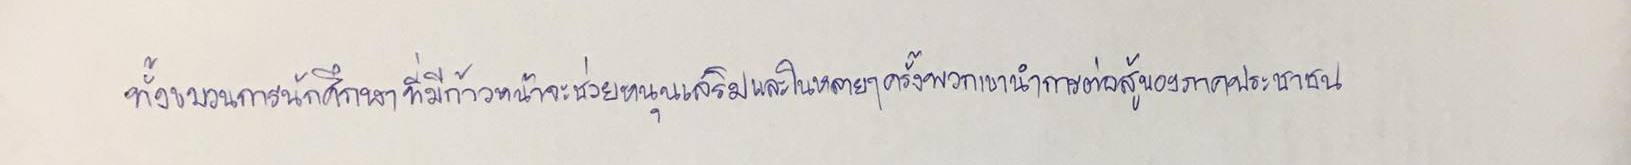
ทั้งขบวนการนักศึกษาที่มีก้าวหน้าจะช่วยหนุนเสริมและในหลายๆครั้งพวกเขานำการต่อสู้ของภาคประชาชน